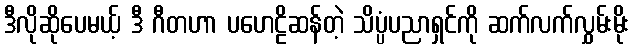
ဒီလိုဆိုပေမယ့် ဒီ ဂီတဟာ ပဟေဠိဆန်တဲ့ သိပ္ပံပညာရှင်ကို ဆက်လက်လွှမ်းမိုး